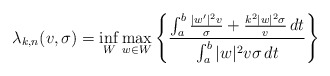
\begin{align*}\lambda_{k,n}(v,\sigma) = \inf_W \max_{w \in W} \Bigg\{ \frac{ \int_a^b \frac{|w'|^2 v}{\sigma} + \frac{k^2 |w|^2 \sigma}{v} \,dt}{ \int_a^b |w|^2 v \sigma \,dt} \Bigg\}\end{align*}